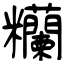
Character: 糷